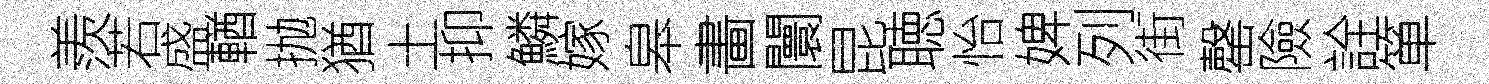
羨若盛輶抛猶土抑鱗嫁皋畵闤昆聴怡婢列街罄險詮箪